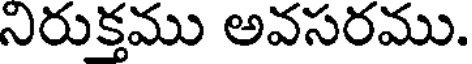
నిరుక్తము అవసరము.